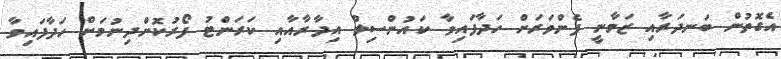
އެގޮތުން ބަނދަރާއި ޒަމާނީ ފެންވަރަށް ހަދާފައިވާ ކައުންސިލް އިދާރާއާއި ކަރަންޓު ފޯރުކޮށްދިނުމަށް ހަދާފައިވާ